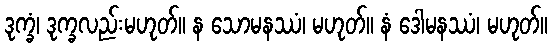
ဒုက္ခံ၊ ဒုက္ခလည်းမဟုတ်။ န သောမနဿံ၊ မဟုတ်။ နံ ဒေါမနဿံ၊ မဟုတ်။